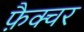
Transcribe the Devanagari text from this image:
फ़ैक्चर